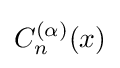
C_{n}^{(\alpha )}(x)